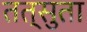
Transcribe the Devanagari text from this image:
तत्सुता